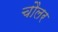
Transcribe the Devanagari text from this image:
चौलर